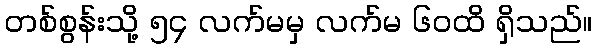
တစ်စွန်းသို့ ၅၄ လက်မမှ လက်မ ၆၀ထိ ရှိသည်။